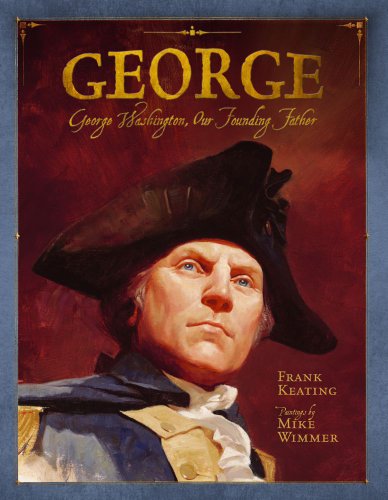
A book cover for George: George Washington, Our Founding Father (Mount Rushmore Presidential Series); Frank Keating; Children's Books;